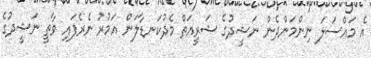
އެ މައްސަލަ ނިންމަންދެން ނަޝީދުގެ ޝަރީއަތް މެދުކަނޑާލަން އަމުރު ނެރެފައި ވާތީ ނަޝީދުގެ